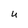
Character: U